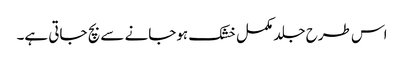
اس طرح جلد مکمل خشک ہوجانے سے بچ جاتی ہے۔